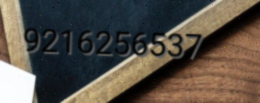
9216256537